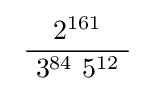
\ {\frac {\ 2^{161}\ }{\ 3^{84}\ 5^{12}\ }}\